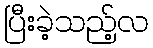
ပြီးခဲ့သည့်လ